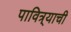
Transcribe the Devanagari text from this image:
पावित्र्याची